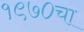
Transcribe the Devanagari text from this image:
१९७०चा